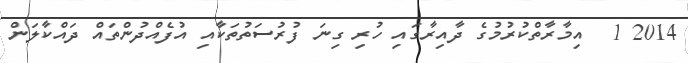
2014 1  އިމާރާތްކުރުމުގެ ދާއިރާގައި ހުރި ގިނަ ފުރުސަތުތަކާއި އުފެއްދުންތައް ދައްކާލަން